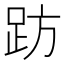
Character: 趽